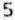
5